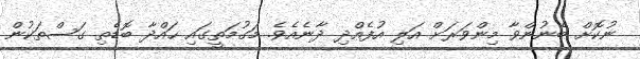
ނުކޮށް ބޭނުންވާ މިންވަރަށް އަލި އުފެއްދި ދާނެއެވެ. މަގުމަތީގައި ހައްދާ ބޮޑެތި ގަސްތަކުން